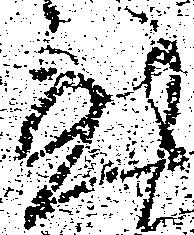
至